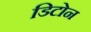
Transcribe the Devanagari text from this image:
डिटोन